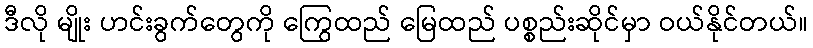
ဒီလို မျိုး ဟင်းခွက်တွေကို ကြွေထည် မြေထည် ပစ္စည်းဆိုင်မှာ ဝယ်နိုင်တယ်။